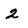
Character: 2